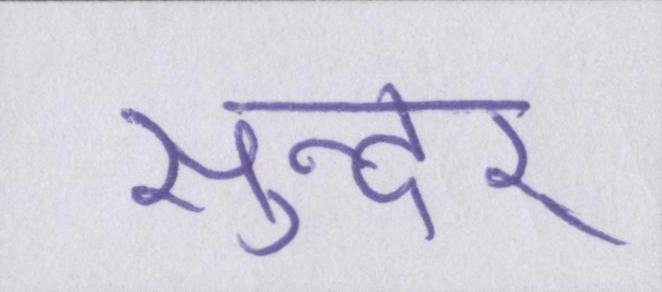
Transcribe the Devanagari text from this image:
सुन्दर्